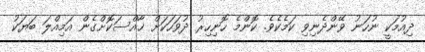
ދިއުމަކީ ނުހަނު ވޭންދެނިވި ކަމެކެވެ. ކޮންމެ ހޮނިހިރު ދުވަހަކަށް ޚާއްސަކޮށްގެން އަމިއްލަ ބަޔަކު